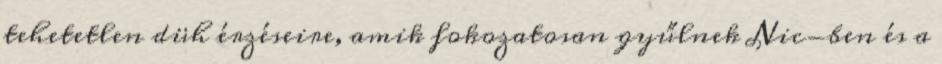
tehetetlen düh érzéseire, amik fokozatosan gyűlnek Nic-ben és a